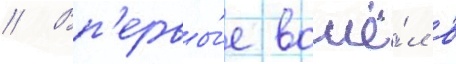
// Вп'ервы́е вошё́л в